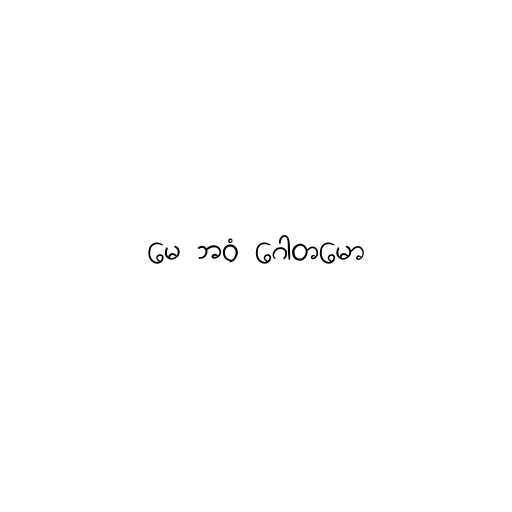
မေ ဘဝံ ဂေါတမော